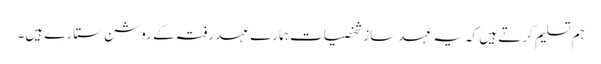
ہم تسلیم کرتے ہیں کہ یہ عہد ساز شخصیات ہمارے عہد رفتہ کے روشن ستارے ہیں۔